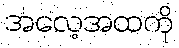
အလေ့အထကို